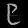
Digit: ၉